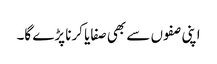
اپنی صفوں سے بھی صفایا کرنا پڑے گا۔